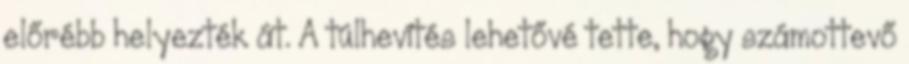
előrébb helyezték át. A túlhevítés lehetővé tette, hogy számottevő